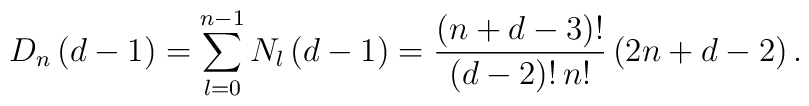
D_{n}\left( d-1\right) =\sum_{l=0}^{n-1}N_{l}\left( d-1\right) =\frac{\left(n+d-3\right) !}{\left( d-2\right) !\,n!}\left( 2n+d-2\right) .